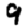
Digit: 9